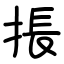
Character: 掁